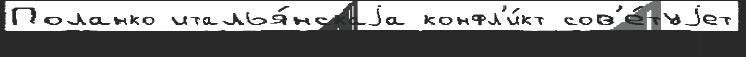
Поланко италья́нскаjа конфл'и́кт сов'е́туjет